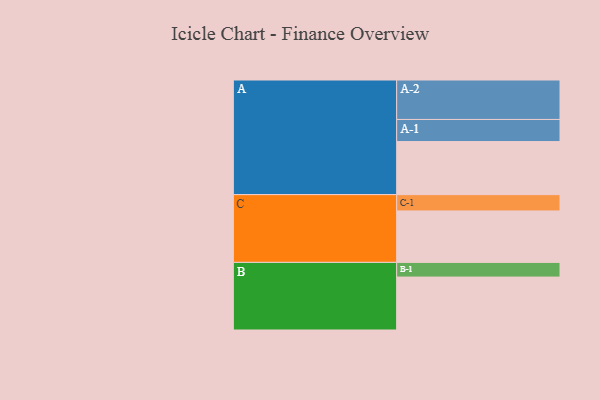
{"axis": {"x": "Segment", "y": "Value"}, "legend": ["", "A", "B", "C"], "data": [{"x": "A", "y": 394, "type": ""}, {"x": "B", "y": 393, "type": ""}, {"x": "C", "y": 382, "type": ""}, {"x": "A-1", "y": 164, "type": "A"}, {"x": "A-2", "y": 293, "type": "A"}, {"x": "B-1", "y": 109, "type": "B"}, {"x": "C-1", "y": 121, "type": "C"}]}